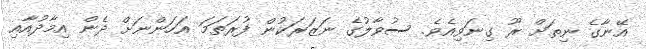
އޭނާގެ ނިތަށް ރޫ ގިނަވިއެވެ. ސުވާލުގެ ނަޒަރަކުން ފުރަތަމަ އަހަންނަށް ދެން އިމާދުއާއި